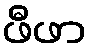
ဖီဖာ